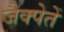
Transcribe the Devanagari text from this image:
जैक्पेतें